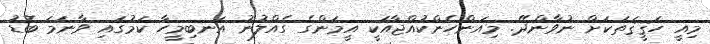
މިއީ ހަޤީޤަތަކަށް ނުވާންދޭ. މިއަންހެންކުއްޖާއަކީ އީމަންގެ ގެއްލުނު އަނބިމީހާ ކަމުގައި ވާނަމަ ބޮޑު